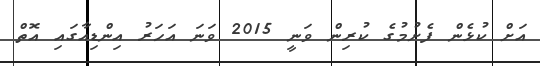
އަށް ކުޅެން ފެށުމުގެ ކުރިން ވަނީ 2015 ވަނަ އަހަރު އިންޑިއާގައި އޮތް